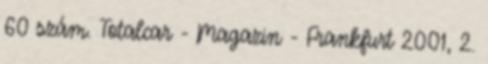
60 szám. Totalcar - Magazin - Frankfurt 2001, 2.